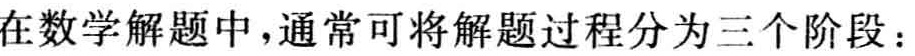
在数学解题中，通常可将解题过程分为三个阶段：